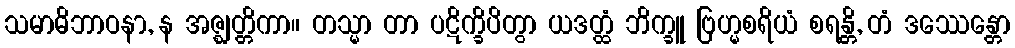
သမာဓိဘာဝနာ, န အဇ္ဈတ္တိကာ။ တသ္မာ တာ ပဋိက္ခိပိတွာ ယဒတ္ထံ ဘိက္ခူ ဗြဟ္မစရိယံ စရန္တိ, တံ ဒဿေန္တော